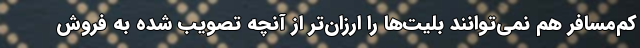
کم‌مسافر هم نمی‌توانند بلیت‌ها را ارزان‌تر از آنچه تصویب شده به فروش